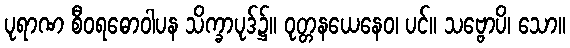
ပုရာဏ စီဝရဓောဝါပန သိက္ခာပုဒ်၌။ ဝုတ္တနယေနေဝ၊ ပင်။ သဗ္ဗောပိ၊ သော။